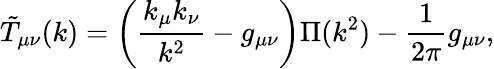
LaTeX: \tilde{T}_{\mu\nu}(k)=\left(\frac{k_{\mu}k_{\nu}}{k^{2}}-g_{\mu\nu}\right)\Pi(k^{2})-\frac{1}{2\pi}g_{\mu\nu},